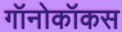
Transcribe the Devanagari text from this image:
गॉनोकॉकस